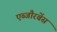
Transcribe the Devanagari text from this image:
एब्जौरबेंस